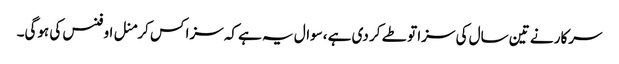
سرکار نے تین سال کی سزا تو طے کر دی ہے ،سوال یہ ہے کہ سزا کس کرمنل اوفنس کی ہوگی۔